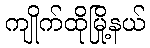
ကျိုက်ထိုမြို့နယ်